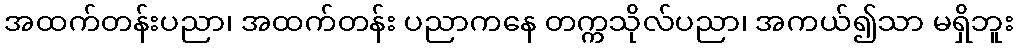
အထက်တန်းပညာ၊ အထက်တန်း ပညာကနေ တက္ကသိုလ်ပညာ၊ အကယ်၍သာ မရှိဘူး